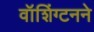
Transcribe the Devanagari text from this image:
वॉशिंग्टनने